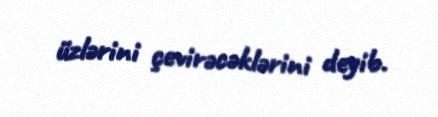
üzlərini çevirəcəklərini deyib.